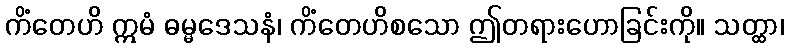
ကိံတေဟိ ဣမံ ဓမ္မဒေသနံ၊ ကိံတေဟိစသော ဤတရားဟောခြင်းကို။ သတ္ထာ၊